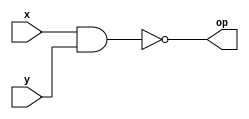

module nandGate(x, y, op);
input x, y;
output op;
assign op = ~(x&y);
endmodule